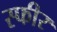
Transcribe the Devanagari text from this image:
स्फीर